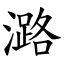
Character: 潞